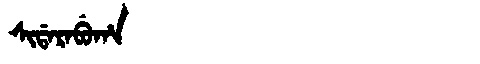
Manchu: ᠰᡳᡩᠠᡵᠠᠪᡠᡥᠠ
Romanization: SIDARABUHA